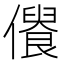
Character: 𠏾